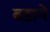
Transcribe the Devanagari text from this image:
बडाने